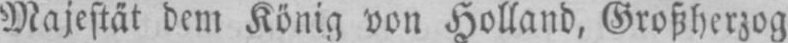
Majestät dem König von Holland, Großherzog